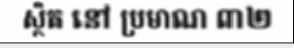
ស្ថិត នៅ ប្រមាណ ៣២